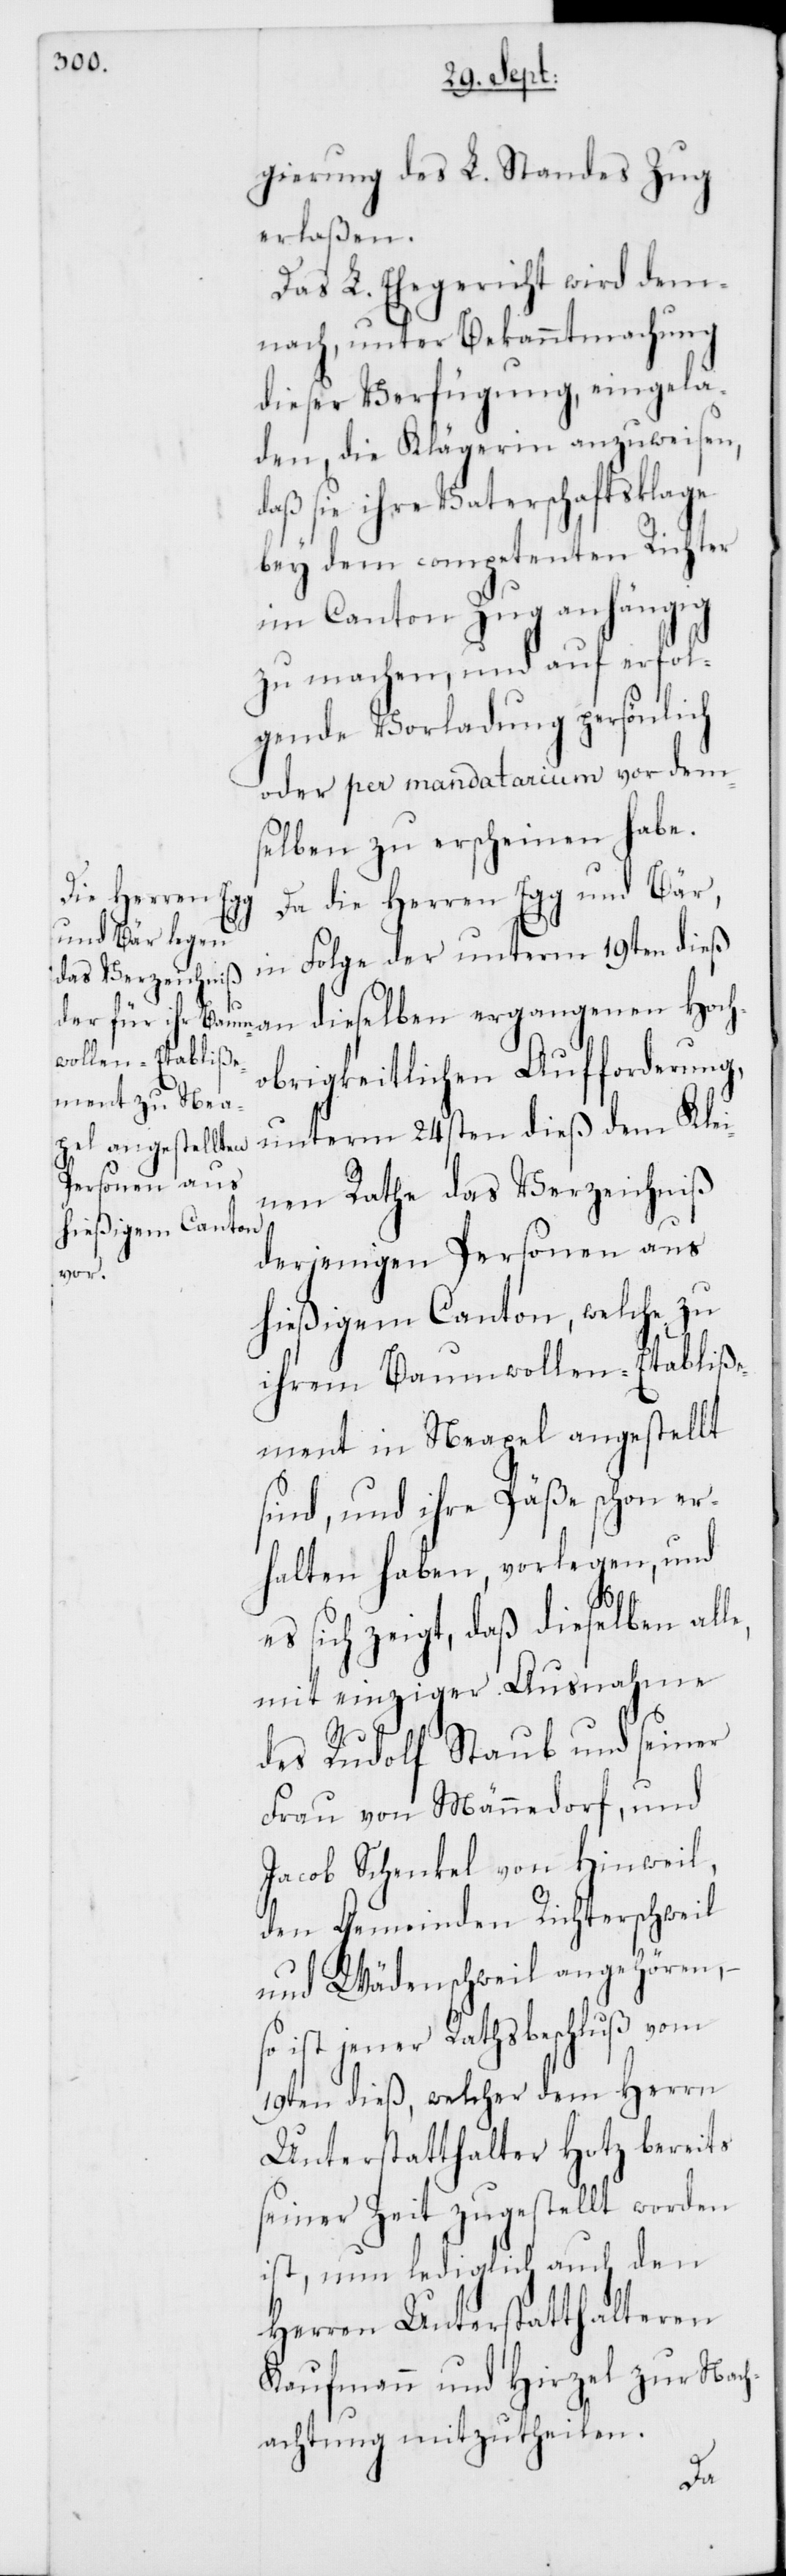
gierung des L. Standes Zug
erlaßen.
Das L. Ehegericht wird dem¬
nach, unter Bekanntmachung
dieser Verfügung eingela¬
den, die Klägerin anzuweisen,
daß sie ihre Vaterschaftsklage
bey dem competenten Richter
im Canton Zug anhängig
zu machen, und auf erfol¬
gende Vorladung persönlich
oder per mandatarium vor dem¬
selben zu erscheinen habe.
Da die Herren Egg und Bär
in Folge der unterm 19ten dieß
obrigkeitlichen Aufforderung,
unterm 24sten dieß dem Klei¬
nen Rathe das Verzeichniß
derjenigen Personen aus
hießigem Canton, welche zu
ihrem Baumwollen-Etabliße¬
ment in Neapel angestellt
sind, und ihre Päße schon er¬
halten haben, vorlegen, und
es sich zeigt, daß dieselben alle,
mit einziger Ausnahme
des Rudolf Staub und seiner
Frau von Männedorf, und
Jacob Schenkel von Hinweil,
den Gemeinden Richterschweil
und Wädenschweil angehören,
ist jener Rathsbeschluß vom
19ten dieß, welcher dem Herrn
Unterstatthalter Hotz bereits
seiner Zeit zugestellt worden
ist, nun lediglich auch den
Herren Unterstatthalteren
Kaufmann und Hirzel zur Nach¬
achtung mitzutheilen.
Hoch¬